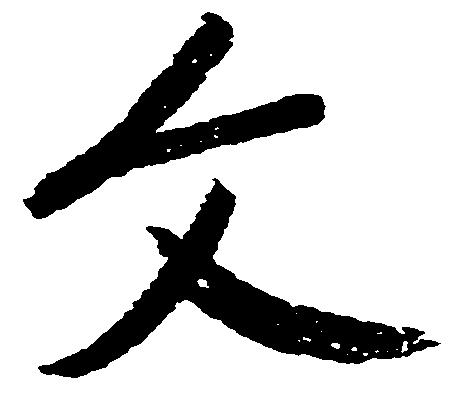
文